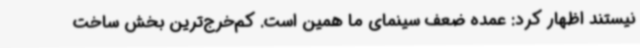
نیستند اظهار کرد: عمده ضعف سینمای ما همین است. کم‌خرج‌ترین بخش ساخت